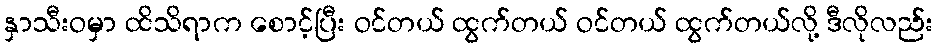
နှာသီးဝမှာ ထိသိရာက စောင့်ပြီး ဝင်တယ် ထွက်တယ် ဝင်တယ် ထွက်တယ်လို့ ဒီလိုလည်း